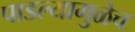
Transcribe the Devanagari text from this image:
पाडल्यामुळेच